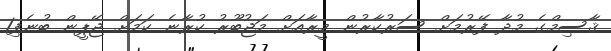
ޤާސިމްގެ މުދާ ފޭރުމަށް ސަރުކާރުން މީރާއަށް މަޖުބޫރު ކުރާނެ ކަމަށް ޖޭޕީން ބުނެފި1